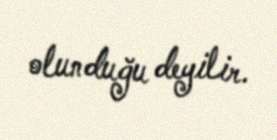
olunduğu deyilir.